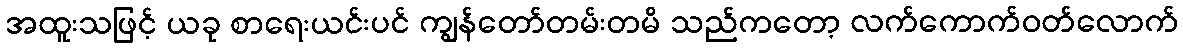
အထူးသဖြင့် ယခု စာရေးယင်းပင် ကျွန်တော်တမ်းတမိ သည်ကတော့ လက်ကောက်ဝတ်လောက်